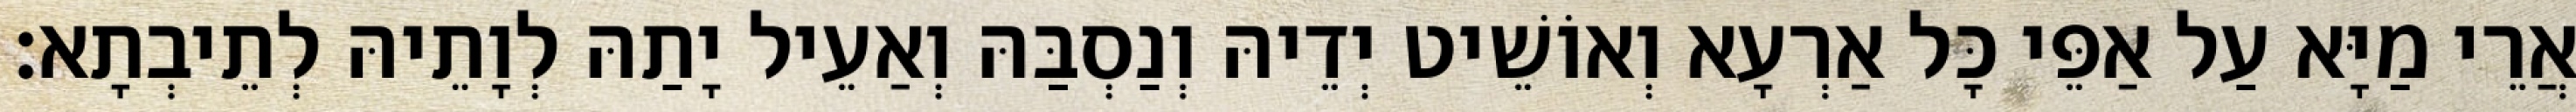
אֲרֵי מַיָּא עַל אַפֵּי כָּל אַרְעָא וְאוֹשֵׁיט יְדֵיהּ וְנַסְבַּהּ וְאַעֵיל יָתַהּ לְוָתֵיהּ לְתֵיבְתָא׃